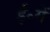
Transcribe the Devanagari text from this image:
ई॰में